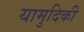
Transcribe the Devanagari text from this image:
यामुदिकी